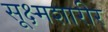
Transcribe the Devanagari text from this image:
सूक्ष्मशारीर